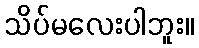
သိပ်မလေးပါဘူး။